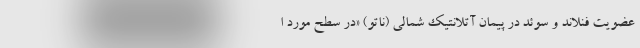
عضویت فنلاند و سوئد در پیمان آتلانتیک شمالی (ناتو) «در سطح مورد ا